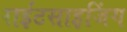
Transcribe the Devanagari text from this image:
राईटसाइजिंग